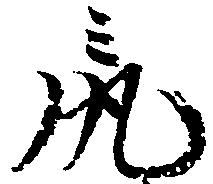
尻